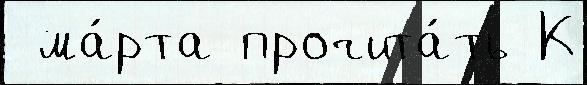
 ма́рта прочита́ть К